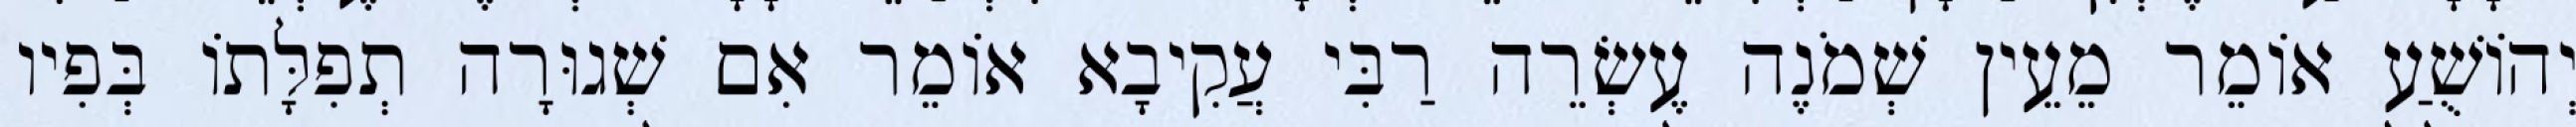
יְהוֹשֻׁעַ אוֹמֵר מֵעֵין שְׁמֹנֶה עֶשְׂרֵה רַבִּי עֲקִיבָא אוֹמֵר אִם שְׁגוּרָה תְפִלָּתוֹ בְּפִיו